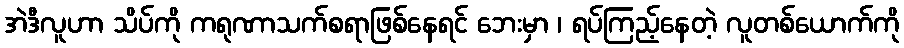
အဲဒီလူဟာ သိပ်ကို ကရုဏာသက်စရာဖြစ်နေရင် ဘေးမှာ ၊ ရပ်ကြည့်နေတဲ့ လူတစ်ယောက်ကို